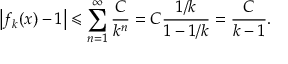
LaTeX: \left| f _ { k } ( x ) - 1 \right| \leqslant \sum _ { n = 1 } ^ { \infty } { \frac { C } { k ^ { n } } } = C { \frac { 1 / k } { 1 - 1 / k } } = { \frac { C } { k - 1 } } .